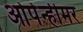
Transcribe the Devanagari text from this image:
ओपेन्हीमर